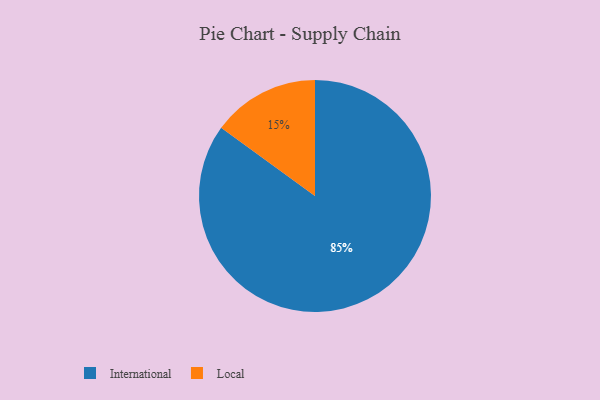
{"axis": {"x": "Category", "y": "Percentage"}, "legend": ["International", "Local"], "data": [{"x": "Local", "y": 15, "type": "Local"}, {"x": "International", "y": 85, "type": "International"}]}